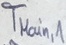
Text: TMain,1